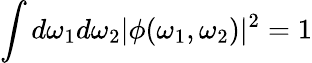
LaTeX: \int d\omega_{1}d\omega_{2}|\phi(\omega_{1},\omega_{2})|^{2}=1